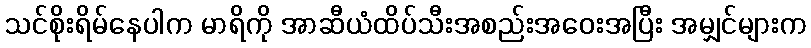
သင်စိုးရိမ်နေပါက မာရိကို အာဆီယံထိပ်သီးအစည်းအဝေးအပြီး အမျှင်များက